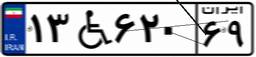
۱۳W۶۲۰۶۹